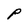
Character: P